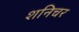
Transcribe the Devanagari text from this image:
शनिचर